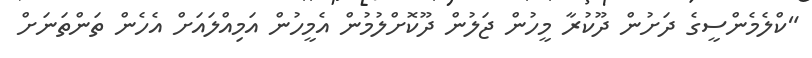
"ކްލެމެންސީގެ ދަށުން ދޫކުރާ މީހުން ޖަލުން ދޫކޮށްލުމުން އެމީހުން އަމިއްލައަށް އެހެން ތަންތަނަށް